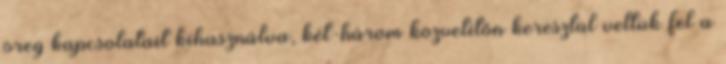
öreg kapcsolatait kihasználva, két-három közvetítőn keresztül vettük fel a